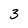
Character: 3